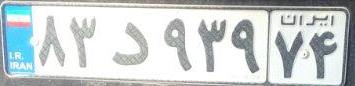
۸۳د۹۳۹۷۴